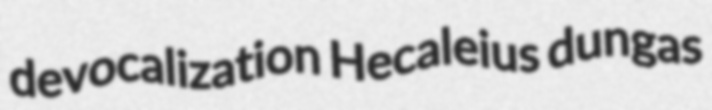
devocalization Hecaleius dungas